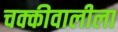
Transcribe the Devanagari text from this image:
चक्कीवालीला